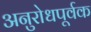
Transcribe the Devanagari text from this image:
अनुरोधपूर्वक